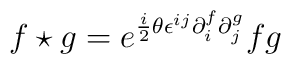
f \star g  = e^{{i \over 2} \theta \epsilon^{ij} \partial^f_i \partial^g_j}fg